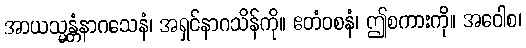
အာယသ္မန္တံနာဂသေနံ၊ အရှင်နာဂသိန်ကို။ ဧတံဝစနံ၊ ဤစကားကို။ အဝေါစ၊